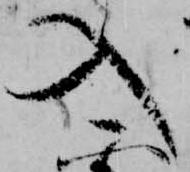
入